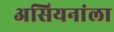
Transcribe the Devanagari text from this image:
असियनांला